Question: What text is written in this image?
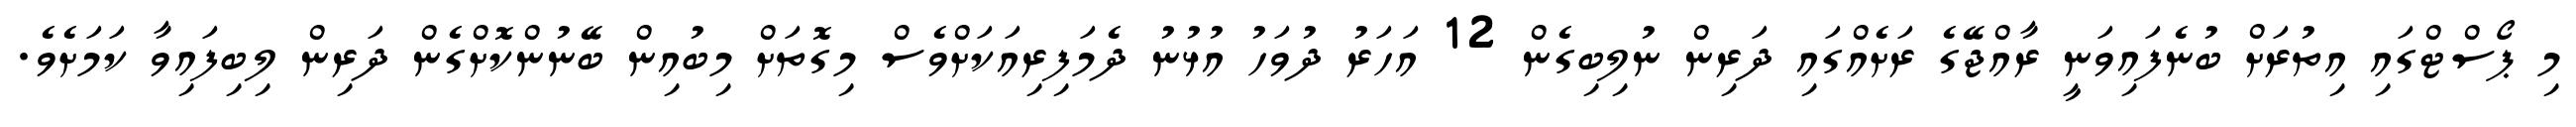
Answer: މި ޕޯސްޓްގައި އިތުރަށް ބުނެފައިވަނީ ރާއްޖޭގެ ރަށެއްގައި ދަރިން ނުލިބިގެން 12 އަހަރު ދުވަހު އުޅުނު ދެމަފިރިއަކަށްވެސް މިގޮތަށް މިބުއިން ބޭނުންކޮށްގެން ދަރިން ލިބިފައިވާ ކަމަށެވެ.